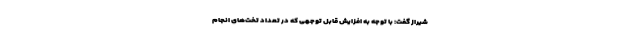
شیراز گفت: با توجه به افزایش قابل توجهی که در تعداد تخت‌های انجام